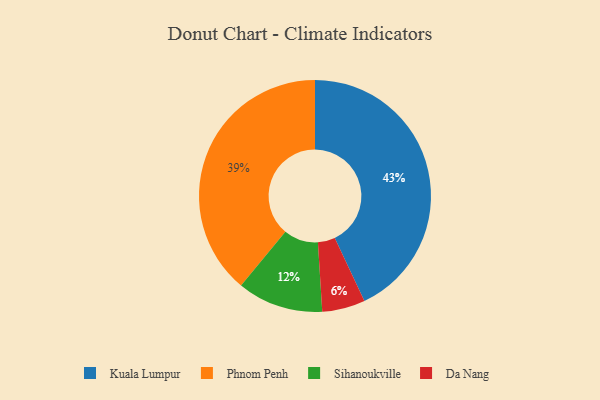
{"axis": {"x": "Category", "y": "Percentage"}, "legend": ["Da Nang", "Kuala Lumpur", "Phnom Penh", "Sihanoukville"], "data": [{"x": "Sihanoukville", "y": 12, "type": "Sihanoukville"}, {"x": "Kuala Lumpur", "y": 43, "type": "Kuala Lumpur"}, {"x": "Phnom Penh", "y": 39, "type": "Phnom Penh"}, {"x": "Da Nang", "y": 6, "type": "Da Nang"}]}